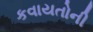
કવાયતોની